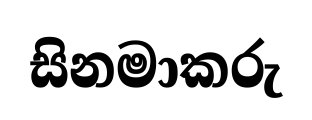
සිනමාකරු